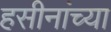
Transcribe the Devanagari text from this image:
हसीनांच्या